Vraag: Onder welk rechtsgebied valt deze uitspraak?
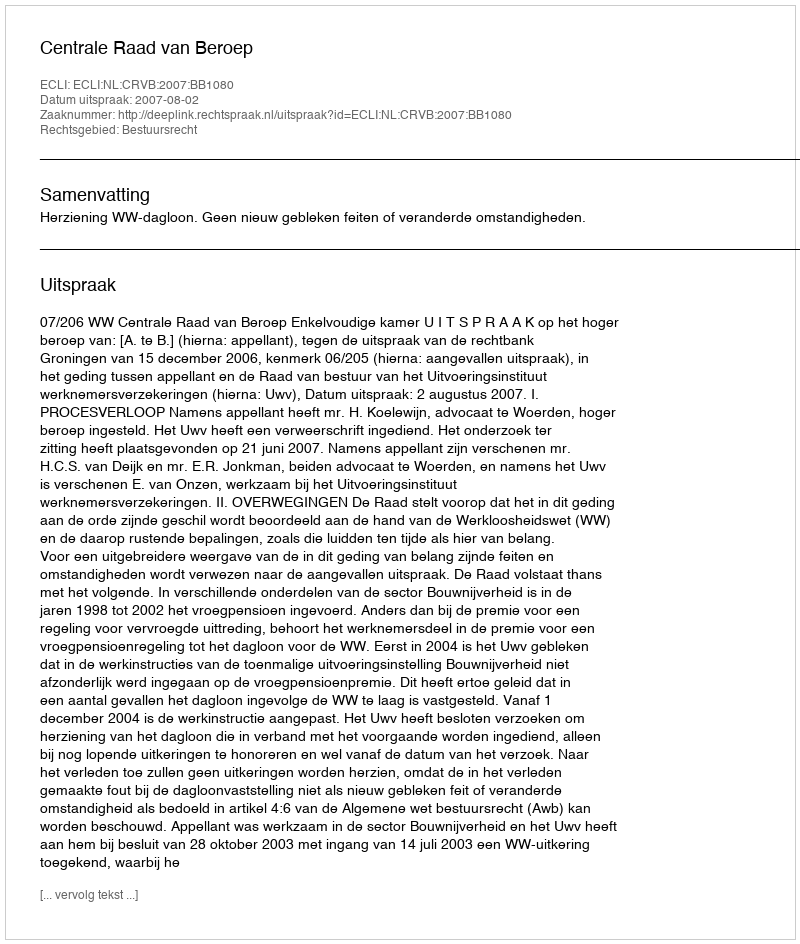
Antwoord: Bestuursrecht